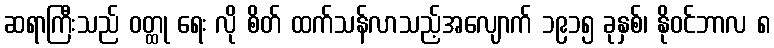
ဆရာကြီးသည် ဝတ္ထု ရေး လို စိတ် ထက်သန်လာသည့်အလျောက် ၁၉၁၅ ခုနှစ်၊ နိုဝင်ဘာလ ၈